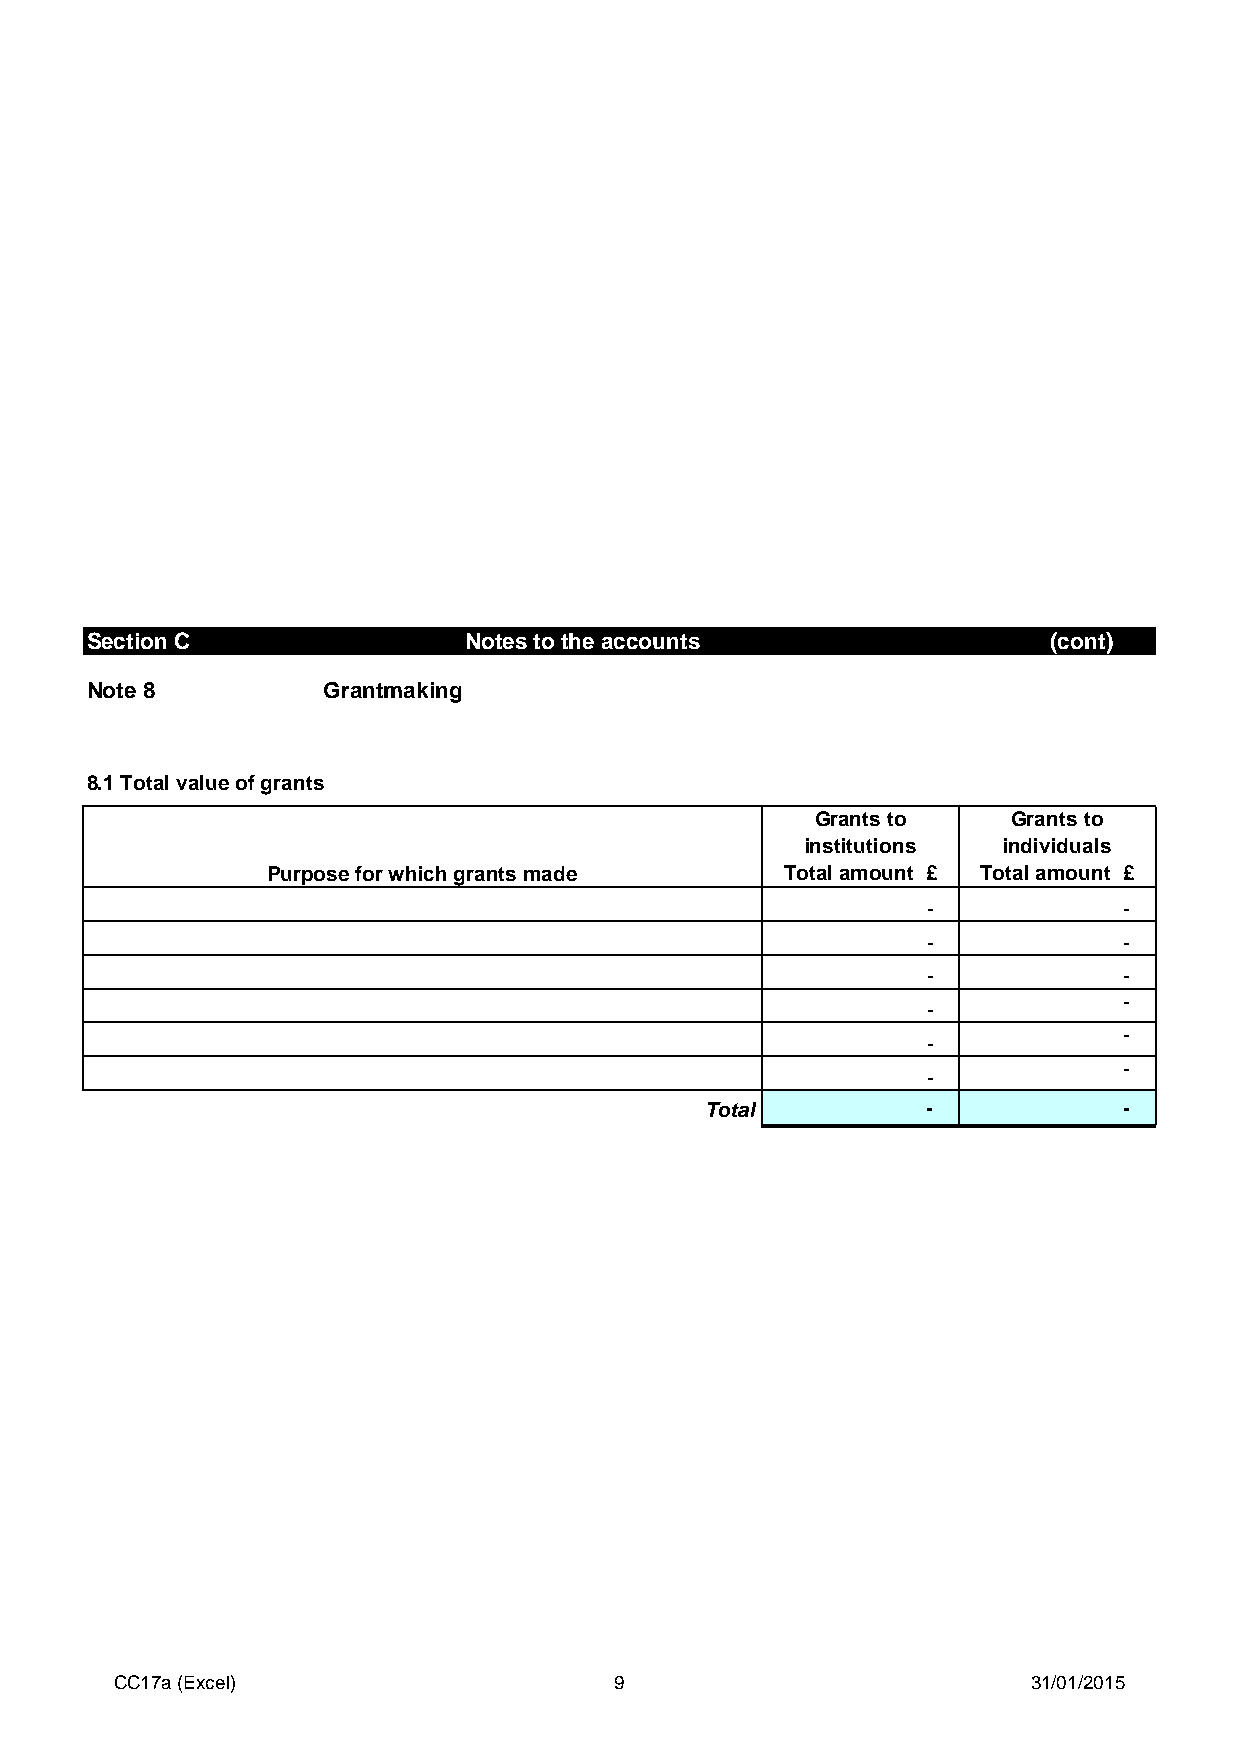
Section C                Notes to the accounts                  (cont)
 Note 8         Grantmaking
 8.1 Total value of grants
 Grants to    Grants to
 institutions individuals
 Purpose for which grants made     Total amount £ Total amount £
 -            -
 -            -
 -            -
 -
 -
 -
 -
 -
 -
 Total         -            -
 CC17a (Excel)                    9                          31/01/2015